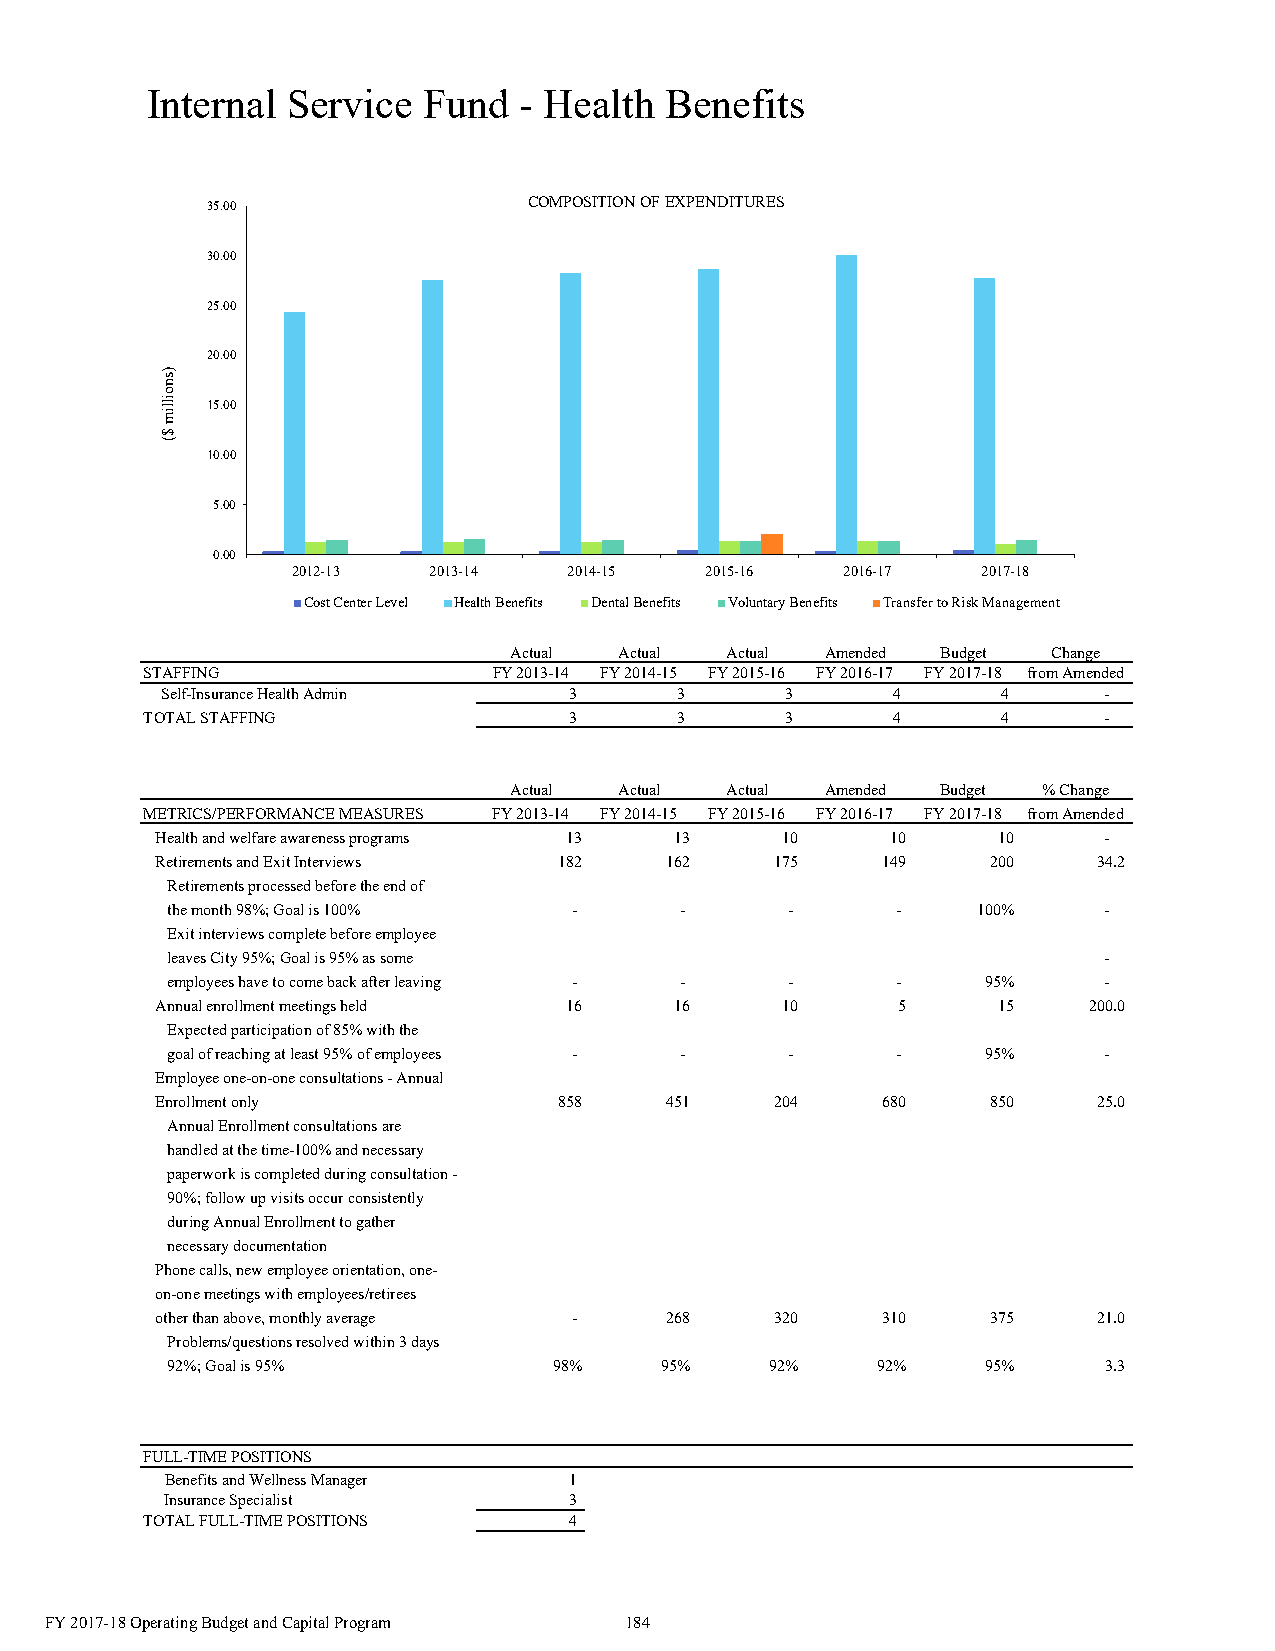
Internal Service  Fund  - Health  Benefits
 35.00                COMPOSITION OF EXPENDITURES
 30.00
 25.00
 20.00
 15.00
 10.00
 5.00
 0.00
 2012-13  2013-14   2014-15  2015-16  2016-17  2017-18
 Cost Center Level Health Benefits Dental Benefits Voluntary Benefits Transfer to Risk Management
 Actual Actual Actual Amended Budget Change
 STAFFING               FY 2013-14 FY 2014-15 FY 2015-16 FY 2016-17 FY 2017-18 from Amended
 Self-Insurance Health Admin 3     3      3      4      4      -
 TOTAL STAFFING              3      3      3      4      4      -
 Actual Actual Actual Amended Budget % Change
 METRICS/PERFORMANCE MEASURES FY 2013-14 FY 2014-15 FY 2015-16 FY 2016-17 FY 2017-18 from Amended
 Health and welfare awareness programs 13 13 10   10     10     -
 Retirements and Exit Interviews 182 162  175    149     200    3 4.2
 Retirements processed before the end of
 the month 98%; Goal is 100% -     -      -      -     100%    -
 Exit interviews complete before employee
 leaves City 95%; Goal is 95% as some                          -
 employees have to come back after leaving - - - -     95%     -
 Annual enrollment meetings held 16 16     10     5      15    2 00.0
 Expected participation of 85% with the
 goal of reaching at least 95% of employees - - - -    95%     -
 Employee one-on-one consultations - Annual
 Enrollment only            858    451    204    680     850    2 5.0
 Annual Enrollment consultations are
 handled at the time-100% and necessary
 paperwork is completed during consultation -
 90%; follow up visits occur consistently
 during Annual Enrollment to gather
 necessary documentation
 Phone calls, new employee orientation, one-
 on-one meetings with employees/retirees
 other than above, monthly average - 268  320    310     375    21.0
 Problems/questions resolved within 3 days
 92%; Goal is 95%          98%    95%    92%    92%    95%     3 .3
 FULL-TIME POSITIONS
 Benefits and Wellness Manager 1
 Insurance Specialist       3
 TOTAL FULL-TIME POSITIONS    4
 FY 2017-18 Operating Budget and Capital Program 184
 )snoillim
 $(